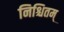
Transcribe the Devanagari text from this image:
निश्चितम्